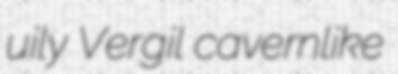
uily Vergil cavernlike